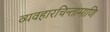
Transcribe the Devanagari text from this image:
व्यवहारचिन्तामाणि